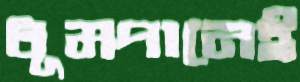
ধূমপানেই